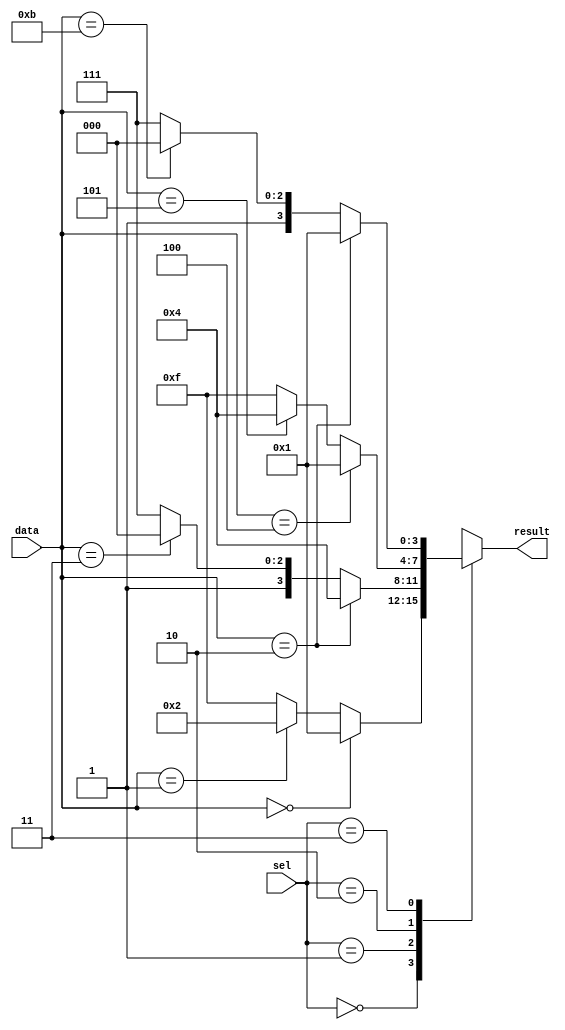
module case_if_else (
    input [1:0] sel,
    input [3:0] data,
    output reg [3:0] result
);

always @(*)
begin
    case(sel)
        2'b00: begin
            if(data == 4'b0000)
                result = 4'b0001;
            else if(data == 4'b0001)
                result = 4'b0010;
            else
                result = 4'b1111;
        end
        2'b01: begin
            if(data == 4'b0010)
                result = 4'b0100;
            else if(data == 4'b0011)
                result = 4'b1000;
            else
                result = 4'b1111;
        end
        2'b10: begin
            if(data == 4'b0100)
                result = 4'b0001;
            else if(data == 4'b0101)
                result = 4'b0100;
            else
                result = 4'b1111;
        end
        2'b11: begin
            if(data == 4'b0010)
                result = 4'b0001;
            else if(data == 4'b1011)
                result = 4'b1000;
            else
                result = 4'b1111;
        end
    endcase
end

endmodule